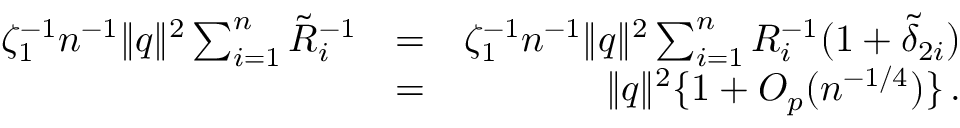
\begin{array} { r l r } { \zeta _ { 1 } ^ { - 1 } n ^ { - 1 } \| { q } \| ^ { 2 } \sum _ { i = 1 } ^ { n } \tilde { R } _ { i } ^ { - 1 } } & { = } & { \zeta _ { 1 } ^ { - 1 } n ^ { - 1 } \| { q } \| ^ { 2 } \sum _ { i = 1 } ^ { n } R _ { i } ^ { - 1 } ( 1 + \tilde { \delta } _ { 2 i } ) } \\ & { = } & { \| { q } \| ^ { 2 } \{ 1 + O _ { p } ( n ^ { - 1 / 4 } ) \} \, . } \end{array}